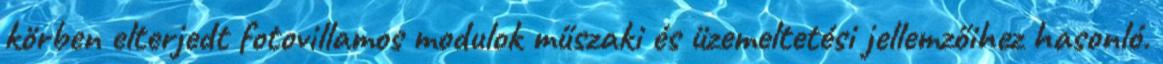
körben elterjedt fotovillamos modulok műszaki és üzemeltetési jellemzőihez hasonló.